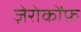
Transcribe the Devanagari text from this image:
ज़ेरोकोंफ़